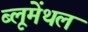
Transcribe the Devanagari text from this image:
ब्लूमेंथल